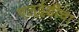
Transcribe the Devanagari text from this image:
एल्‌ईडींचा